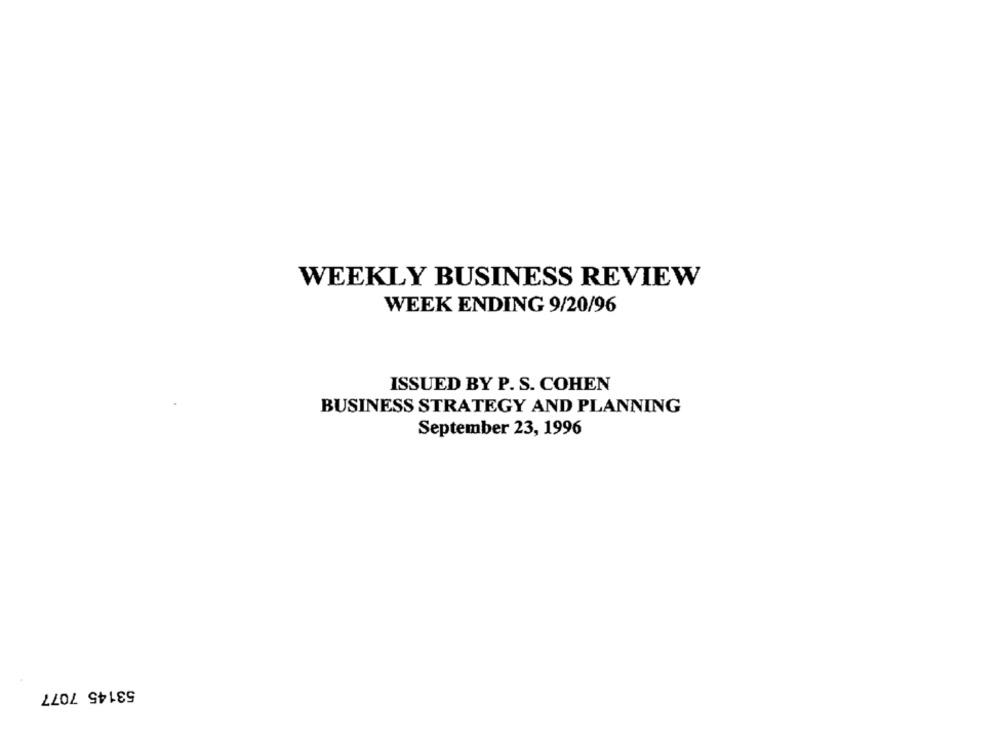
WEEKLY BUSINESS REVIEW
WEEK ENDING 9/20/96
ISSUED BY P. S. COHEN
BUSINESS STRATEGY AND PLANNING
September 23, 1996
53145 7077